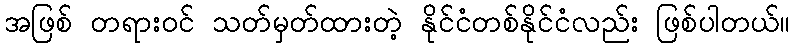
အဖြစ် တရားဝင် သတ်မှတ်ထားတဲ့ နိုင်ငံတစ်နိုင်ငံလည်း ဖြစ်ပါတယ်။